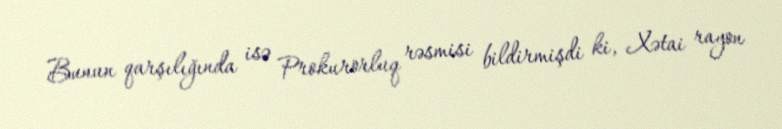
Bunun qarşılığında isə Prokurorluq rəsmisi bildirmişdi ki, Xətai rayon